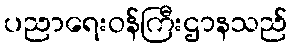
ပညာရေးဝန်ကြီးဌာနသည်